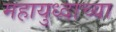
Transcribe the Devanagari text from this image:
महायुध्दाच्या